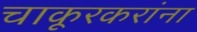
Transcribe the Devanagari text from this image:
चाकूरकरांना